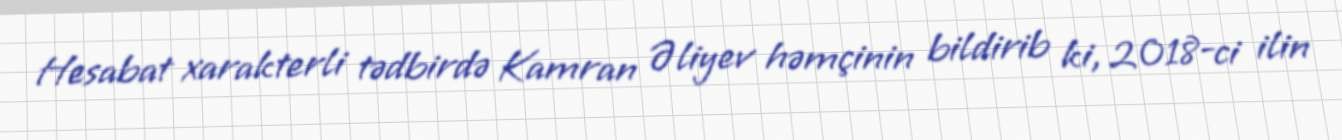
Hesabat xarakterli tədbirdə Kamran Əliyev həmçinin bildirib ki, 2018-ci ilin